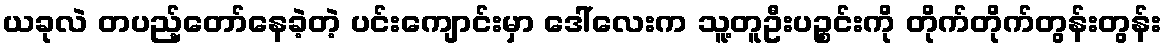
ယခုလဲ တပည့်တော်နေခဲ့တဲ့ ပင်းကျောင်းမှာ ဒေါ်လေးက သူ့တူဦးပဉ္စင်းကို တိုက်တိုက်တွန်းတွန်း